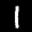
Label: 1